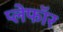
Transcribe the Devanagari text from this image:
प्लेफॉर